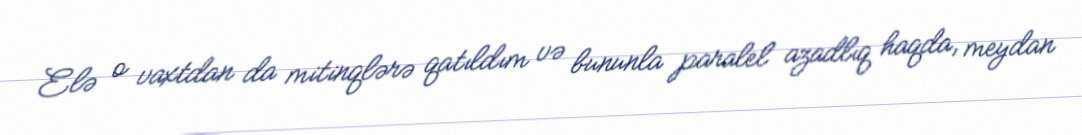
Elə o vaxtdan da mitinqlərə qatıldım və bununla paralel azadlıq haqda, meydan